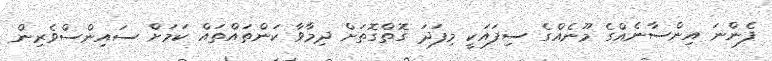
ފެންނަ އިންސާނެއްގެ މޫނެއްގެ ސިފައަކީ މިފަދަ ގޮތްގޮތަށް ދިމާވާ ކަންތައްތައް ކަމަށް ސައިންސްވެރިން